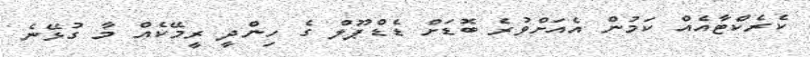
ކެރެކްޓާއެއް ކަމުން އެއަށްވުރެ ބޮޑަށް ޑެޑްޕޫލް ގެ ހިންދީ ރީމޭކެއް މާ ގުޅޭނެ